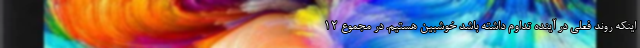
اینکه روند فعلی در آینده تداوم داشته باشد خوشبین هستیم. در مجموع ۱۲